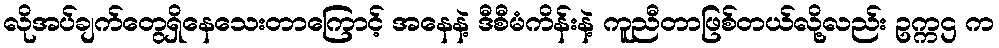
လိုအပ်ချက်တွေရှိနေသေးတာကြောင့် အနေနဲ့ ဒီစီမံကိန်းနဲ့ ကူညီတာဖြစ်တယ်လို့လည်း ဥက္ကဌ က